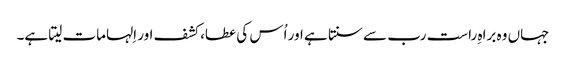
جہاں وہ براہِ راست رب سے سنتا ہے اور اُس کی عطا، کشف اور اِلہامات لیتا ہے۔